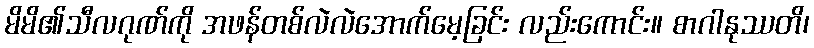
မိမိ၏သီလဂုဏ်ကို အဖန်တစ်လဲလဲအောက်မေ့ခြင်း လည်းကောင်း။ စာဂါနုဿတိ၊